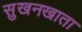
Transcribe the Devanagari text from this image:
सुखनखाता